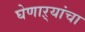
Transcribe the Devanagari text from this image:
घेणाऱ्यांचा